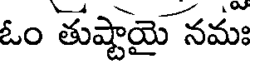
ఓం తుష్టాయై నమః